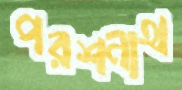
পরশনাথ